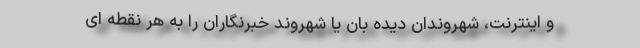
و اینترنت، شهروندان دیده بان یا شهروند خبرنگاران را به هر نقطه ای